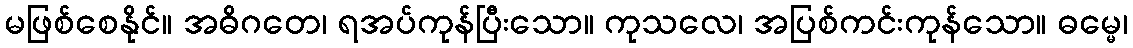
မဖြစ်စေနိုင်။ အဓိဂတေ၊ ရအပ်ကုန်ပြီးသော။ ကုသလေ၊ အပြစ်ကင်းကုန်သော။ ဓမ္မေ၊